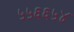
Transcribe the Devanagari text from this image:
५५६६५४